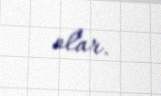
olar.